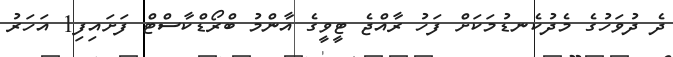
ދެ ދުވަހުުގެ މެދުކެނޑުމަކަށް ފަހު ރާއްޖެ ޓީވީގެ އާންމު ބްރޯޑްކާސްޓް ފަށައިފި1 އަހަރު